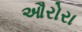
ઔરોરા